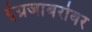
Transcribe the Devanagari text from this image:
इंग्रजाबरोबर